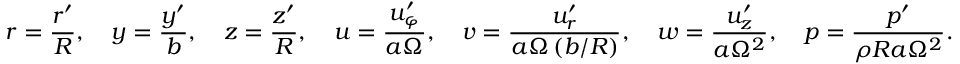
r = \frac { r ^ { \prime } } { R } , \ \ \ y = \frac { y ^ { \prime } } { b } , \ \ \ z = \frac { z ^ { \prime } } { R } , \ \ \ u = \frac { u _ { \varphi } ^ { \prime } } { a \Omega } , \ \ \ v = \frac { u _ { r } ^ { \prime } } { a \Omega \left( b / R \right) } , \ \ \ w = \frac { u _ { z } ^ { \prime } } { a \Omega ^ { 2 } } , \ \ \ p = \frac { p ^ { \prime } } { \rho R a \Omega ^ { 2 } } .